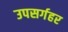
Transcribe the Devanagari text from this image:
उपसर्गहर